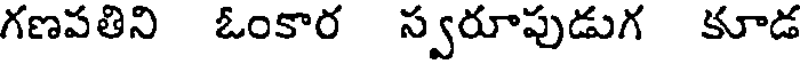
గణపతిని ఓంకార స్వరూపుడుగ కూడ